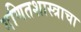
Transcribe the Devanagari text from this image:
गणितशास्त्राचा